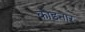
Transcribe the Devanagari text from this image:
कोइनार